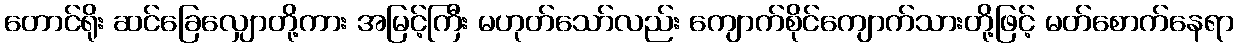
တောင်ရိုး ဆင်ခြေလျှောတို့ကား အမြင့်ကြီး မဟုတ်သော်လည်း ကျောက်စိုင်ကျောက်သားတို့ဖြင့် မတ်စောက်နေရာ